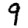
Digit: 9